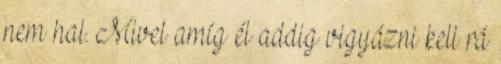
nem hal. Mivel amíg él addig vigyázni kell rá